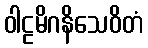
ဝါဠမိဂနိသေဝိတံ